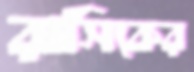
রাসিকের